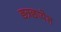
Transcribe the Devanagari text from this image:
छत्रछायेत